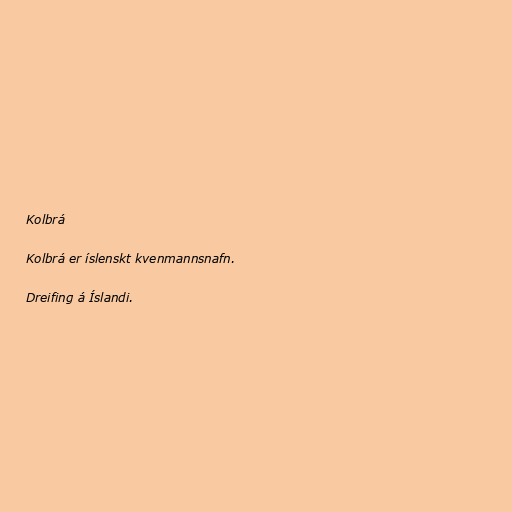
Kolbrá

Kolbrá er íslenskt kvenmannsnafn.

Dreifing á Íslandi.